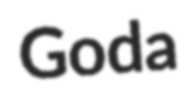
Goda